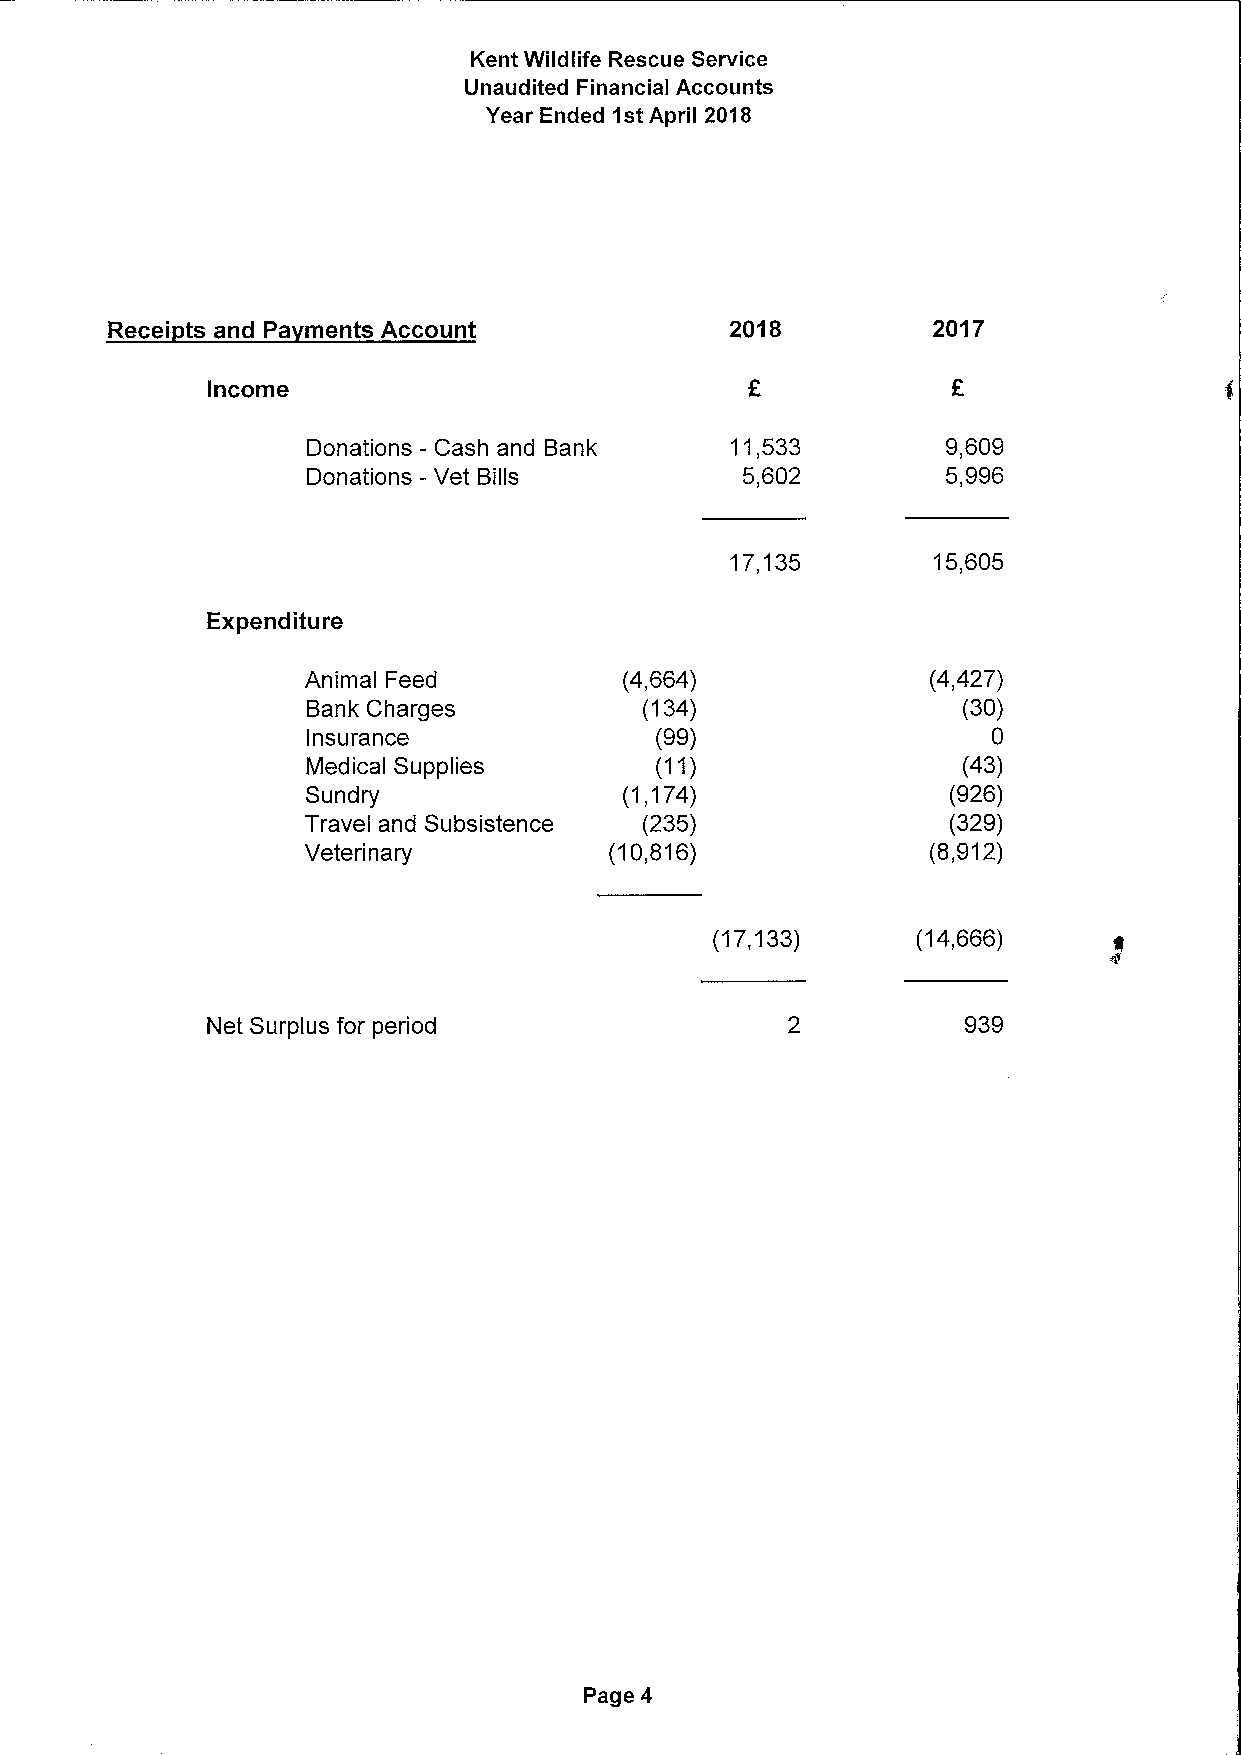
Kent Wildlife Rescue Service
 Unaudited Financial Accounts
 Year Ended 1stApril 2018
 Recei ts and Pa ments Account            2018          2017
 Income
 Donations —Cash and Bank    11,533         9,609
 Donations - Vet Bills        5,602         5,996
 17,135        15,605
 Expenditure
 Animal Feed          (4,664)              (4,427)
 Bank Charges           (134)                (30)
 Insurance              (99)                   0
 Medical Supplies       (11)                 (43)
 Sundry               ('l,174)              (926)
 Travel and Subsistence (235)               (329)
 Veterinary          (10,816)              (8,912)
 (17,133)      (14,666)
 Net Surplus for period                            939
 Page 4